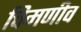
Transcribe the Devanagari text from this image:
चिमणीव